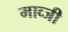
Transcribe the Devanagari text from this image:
माव्जी